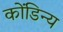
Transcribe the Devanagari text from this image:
कोंडिन्य